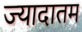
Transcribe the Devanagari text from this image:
ज्यादातम